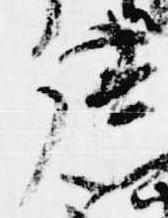
座